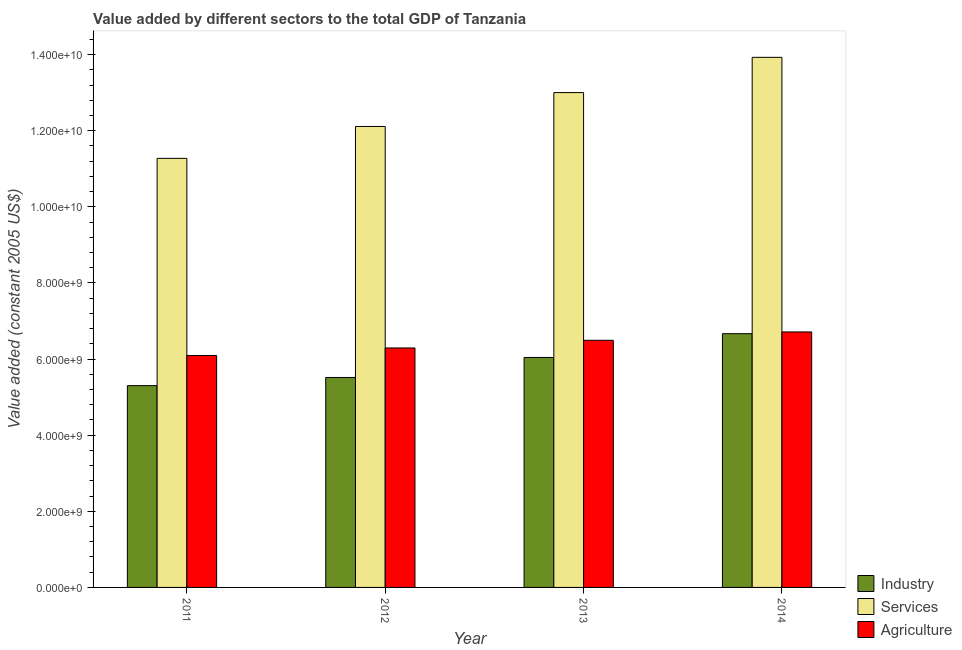
| Year | Industry | Services | Agriculture |
 | --- | --- | --- | --- |
 | 2011 | 5.3e+09 | 1.13e+10 | 6.09e+09 |
 | 2012 | 5.52e+09 | 1.21e+10 | 6.29e+09 |
 | 2013 | 6.04e+09 | 1.3e+10 | 6.49e+09 |
 | 2014 | 6.67e+09 | 1.39e+10 | 6.71e+09 |